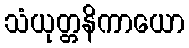
သံယုတ္တနိကာယော